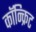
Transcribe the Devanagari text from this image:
कॉन्‍क्रिट